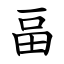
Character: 畐